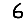
Digit: 6